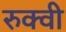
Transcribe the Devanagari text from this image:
रुक्‍वी